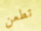
تطعن